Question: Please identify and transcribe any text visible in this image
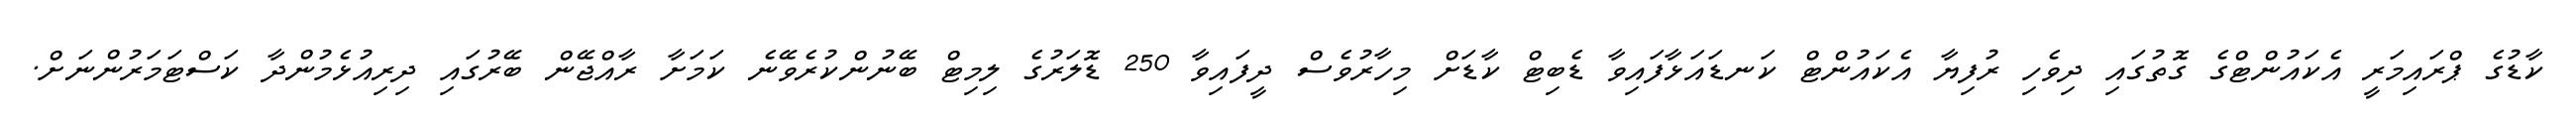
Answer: ކާޑުގެ ޕްރައިމަރީ އެކައުންޓްގެ ގޮތުގައި ދިވެހި ރުފިޔާ އެކައުންޓް ކަނޑައަޅާފައިވާ ޑެބިޓް ކާޑަށް މިހާރުވެސް ދީފައިވާ 250 ޑޮލަރުގެ ލިމިޓް ބޭނުންކުރެވޭނެ ކަމަށާ ރާއްޖޭން ބޭރުގައި ދިރިއުޅެމުންދާ ކަސްޓަމަރުންނަށް.